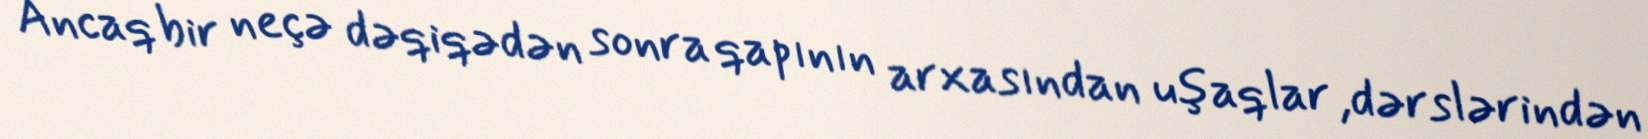
Ancaq bir neçə dəqiqədən sonra qapının arxasından uşaqlar ,dərslərindən